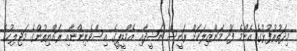
މިދަތުރުފުޅުގެ އެންމެ ފަހު މަންޒިލަކަށް ރައީސް ނަޝީދާއި އެމްޑީޕީގެ އިސްވެރިންނާއި ރައްޔިތުންގެ މަޖިލިހުގެ